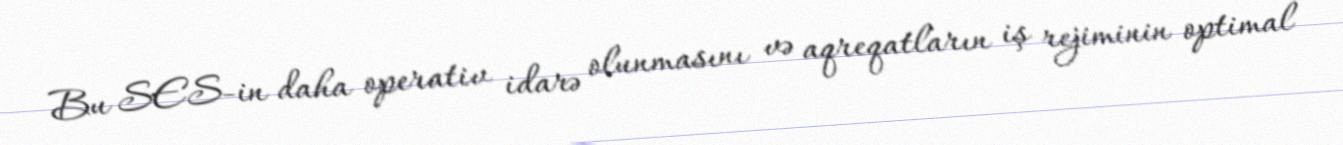
Bu SES-in daha operativ idarə olunmasını və aqreqatların iş rejiminin optimal